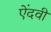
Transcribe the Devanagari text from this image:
ऐंदवी